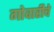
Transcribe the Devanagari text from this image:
गोवारीचे